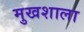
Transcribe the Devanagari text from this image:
मुखशाला